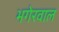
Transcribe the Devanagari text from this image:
भगेरवाल